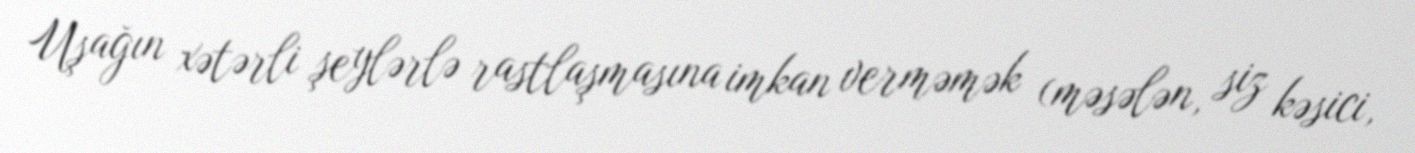
Uşağın xətərli şeylərlə rastlaşmasına imkan verməmək (məsələn, siz kəsici,